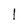
Character: l